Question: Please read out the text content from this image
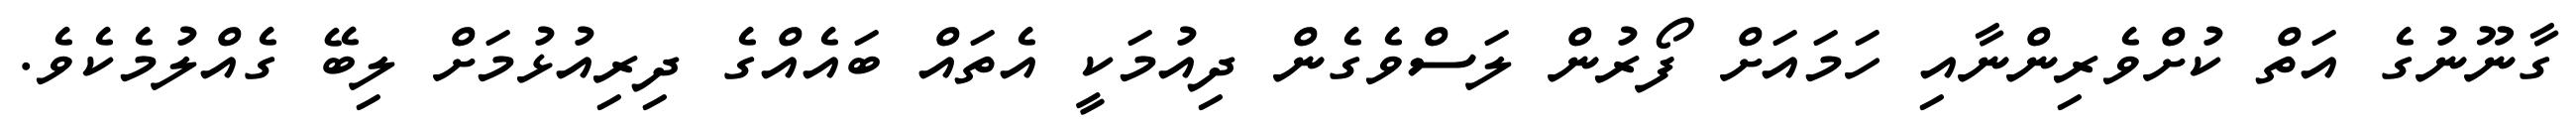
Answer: ގާނޫނުގެ އަތް ކުށްވެރިންނާއި ހަމައަށް ފޯރުން ލަސްވެގެން ދިއުމަކީ އެތައް ބައެއްގެ ދިރިއުޅުމަށް ލިބޭ ގެއްލުމެކެވެ.